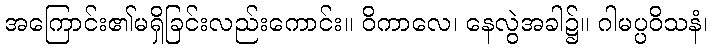
အကြောင်း၏မရှိခြင်းလည်းကောင်း။ ဝိကာလေ၊ နေလွဲအခါ၌။ ဂါမပ္ပဝိသနံ၊